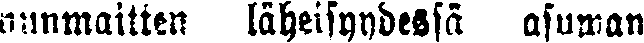
nunmaitten läheisyydessä asuwan